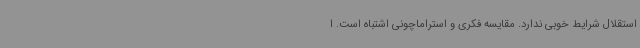
استقلال شرایط خوبی ندارد. مقایسه فکری و استراماچونی اشتباه است. ا